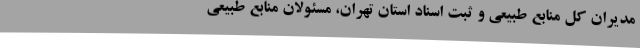
مدیران کل منابع طبیعی و ثبت اسناد استان تهران، مسئولان منابع طبیعی